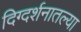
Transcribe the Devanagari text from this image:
दिग्दर्शनातल्या